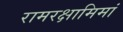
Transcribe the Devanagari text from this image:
रामरक्षामिमां